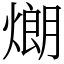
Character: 𤎜